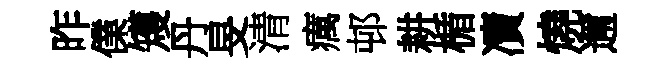
昨㒒矱丹旻清癘邨耕楯凟燒邇